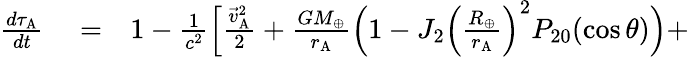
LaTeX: \begin{array}{rlr}{\frac{d\tau_{\mathrm{A}}}{dt}}&{{}=}&{1-\frac{1}{c^{2}}\Big[\frac{{\vec{v}}_{\mathrm{A}}^{2}}{2}+\frac{GM_{\oplus}}{r_{\mathrm{A}}}\Big(1-J_{2}\Big(\frac{R_{\oplus}}{r_{\mathrm{A}}}\Big)^{2}P_{20}(\cos\theta)\Big)+}\end{array}